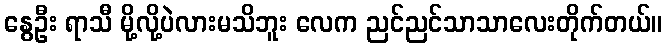
နွေဦး ရာသီ မို့လို့ပဲလားမသိဘူး လေက ညင်ညင်သာသာလေးတိုက်တယ်။